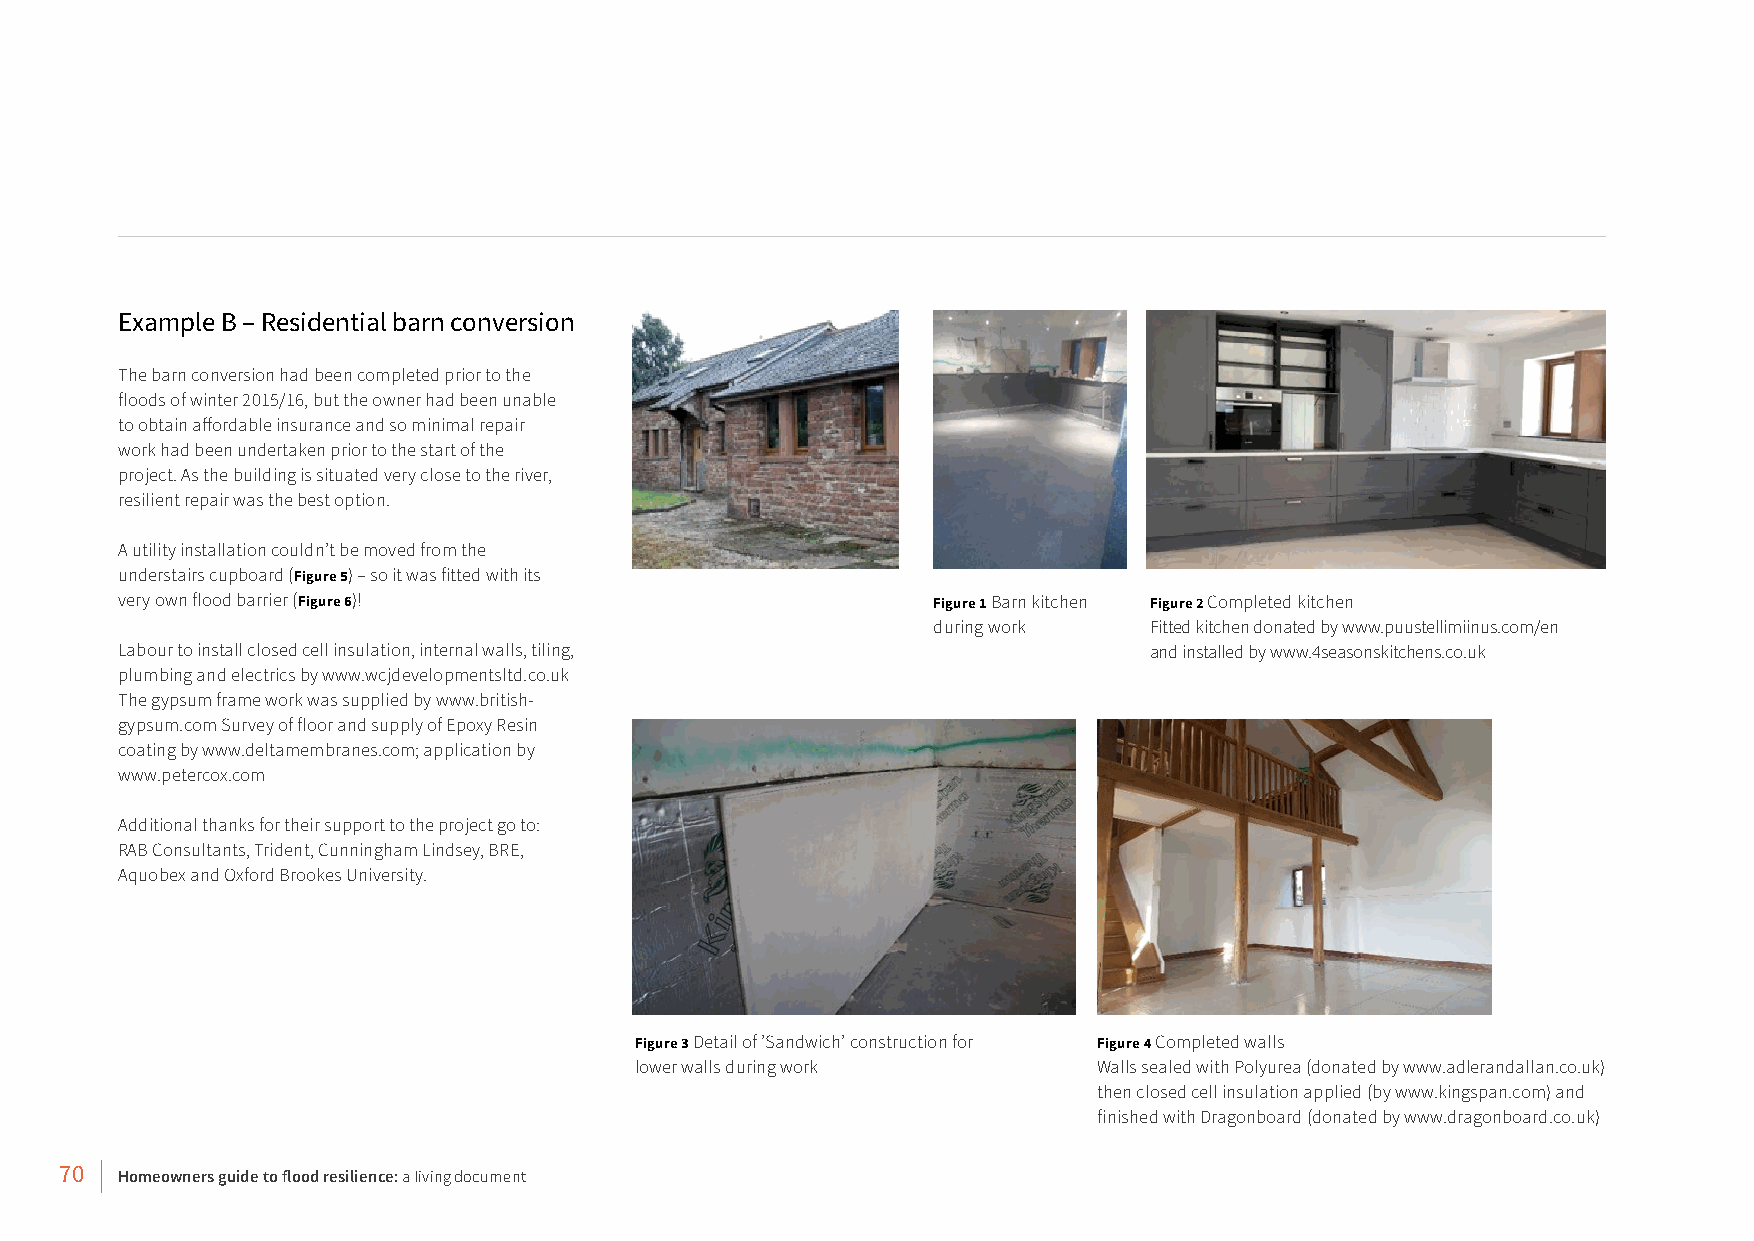
Example B – Residential barn conversion
 The barn conversion had been completed prior to the
 floods of winter 2015/16, but the owner had been unable
 to obtain affordable insurance and so minimal repair
 work had been undertaken prior to the start of the
 project. As the building is situated very close to the river,
 resilient repair was the best option.
 A utility installation couldn’t be moved from the
 understairs cupboard (Figure 5) – so it was fitted with its
 very own flood barrier (Figure 6)!                    Figure 1 Barn kitchen Figure 2 Completed kitchen
 during work   Fitted kitchen donated by www.puustellimiinus.com/en
 Labour to install closed cell insulation, internal walls, tiling,   and installed by www.4seasonskitchens.co.uk
 plumbing and electrics by www.wcjdevelopmentsltd.co.uk
 The gypsum frame work was supplied by www.british-
 gypsum.com Survey of floor and supply of Epoxy Resin
 coating by www.deltamembranes.com; application by
 www.petercox.com
 Additional thanks for their support to the project go to:
 RAB Consultants, Trident, Cunningham Lindsey, BRE,
 Aquobex and Oxford Brookes University.
 Figure 3 Detail of ’Sandwich’ construction for Figure 4 Completed walls
 lower walls during work        Walls sealed with Polyurea (donated by www.adlerandallan.co.uk)
 then closed cell insulation applied (by www.kingspan.com) and
 finished with Dragonboard (donated by www.dragonboard.co.uk)
 70  Homeowners guide to flood resilience: a living document